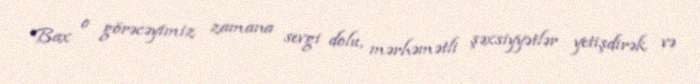
Bax o görəcəyimiz zamana sevgi dolu, mərhəmətli şəxsiyyətlər yetişdirək və